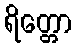
ရိတ္တော